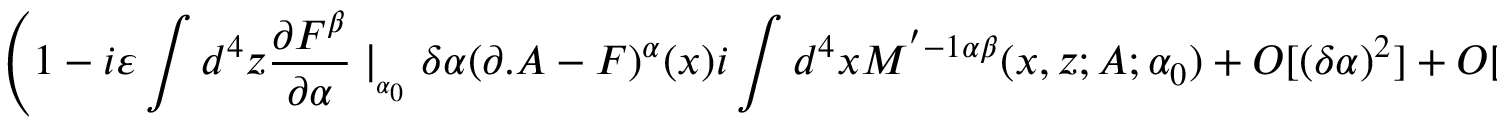
\left( 1 - i \varepsilon \int d ^ { 4 } z \frac { \partial F ^ { \beta } } { \partial \alpha } \mid _ { _ { \alpha _ { 0 } } } \delta \alpha ( \partial . A - F ) ^ { \alpha } ( x ) i \int d ^ { 4 } x M ^ { ' - 1 \alpha \beta } ( x , z ; A ; \alpha _ { 0 } ) + O [ \left( \delta \alpha \right) ^ { 2 } ] + O [ g ] \right)